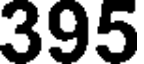
395